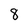
Character: 8